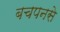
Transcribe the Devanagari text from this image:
बचपनसे